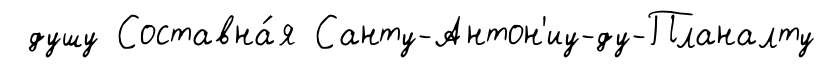
душу Составна́я Санту-Антон'иу-ду-Планалту